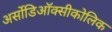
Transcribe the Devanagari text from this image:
अर्सोडिऑक्सीकोलिक